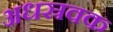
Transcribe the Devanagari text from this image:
अधस्रवक